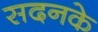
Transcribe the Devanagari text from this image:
सदनके